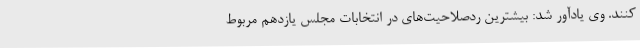
کنند. وی یادآور شد: بیشترین ردصلاحیت‌های در انتخابات مجلس یازدهم مربوط